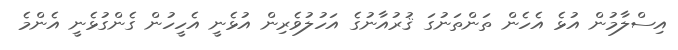
އިސްލާމުން އުޅެ އެހެން ތަންތަނުގަ ޤުރުއާނުގެ އަހުލުވެރިން އުޅެނީ އެހީހުން ގެންގުޅެނީ އެންމެ